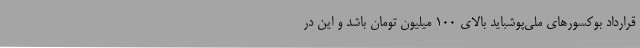
قرارداد بوکسورهای ملی‌پوشباید بالای 100 میلیون تومان باشد و این در